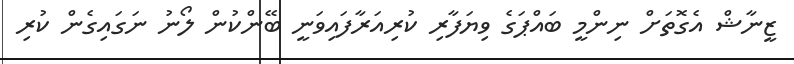
ޒީނާޝް އެގޮތަށް ނިންމީ ބައްޕަގެ ވިޔަފާރި ކުރިއަރާފައިވަނީ ބޭންކުން ލޯނު ނަގައިގެން ކުރި